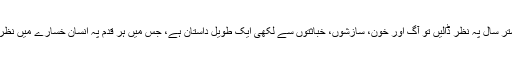
پچھلے ستر سال پہ نظر ڈالیں تو آگ اور خون، سازشوں، خباثتوں سے لکھی ایک طویل داستان ہے، جس میں ہر قدم پہ انسان خسارے میں نظر آئے گا۔